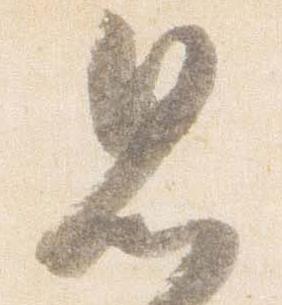
思